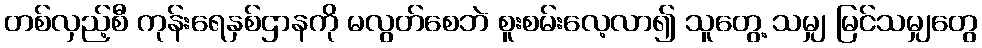
တစ်လှည့်စီ ကုန်းရေနှစ်ဌာနကို မလွတ်စေဘဲ စူးစမ်းလေ့လာ၍ သူတွေ့ သမျှ မြင်သမျှတွေ